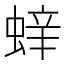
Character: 𮔝